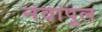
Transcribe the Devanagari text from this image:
नवापूल